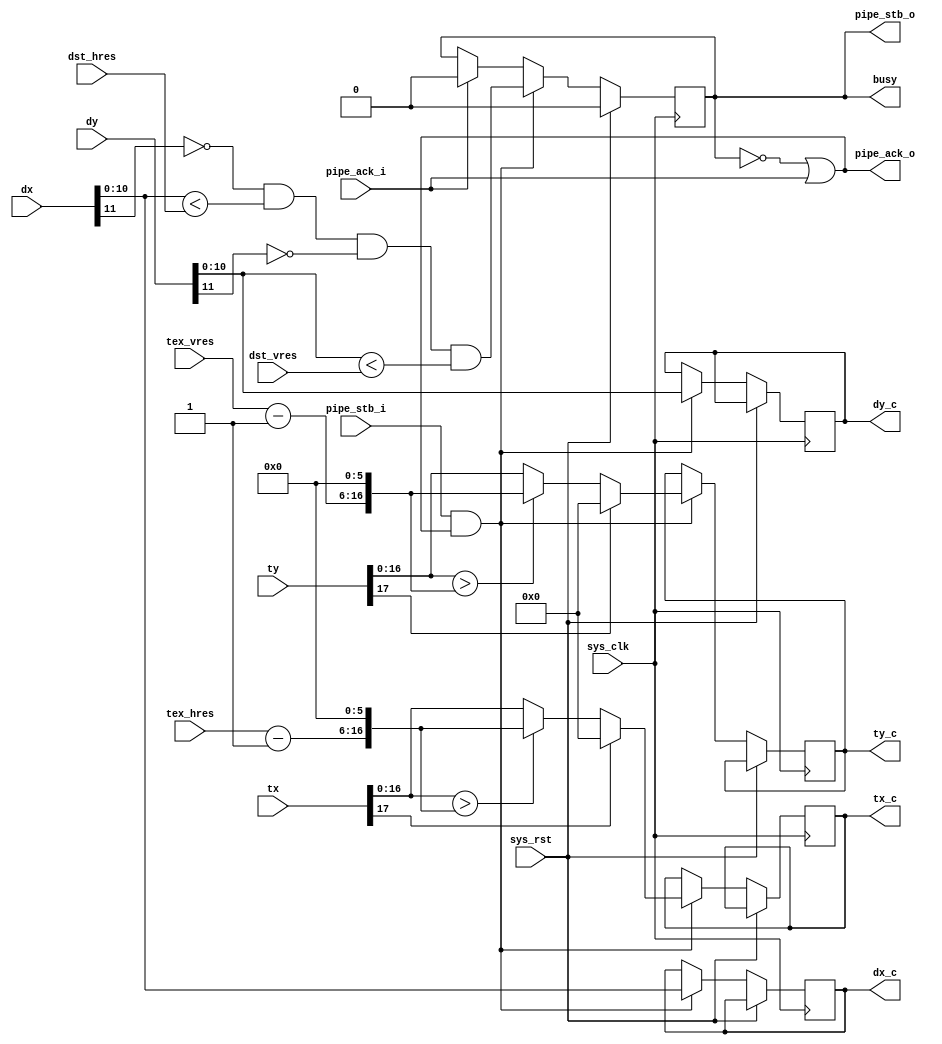
/*
 * Milkymist SoC
 * Copyright (C) 2007, 2008, 2009, 2010 Sebastien Bourdeauducq
 *
 * This program is free software: you can redistribute it and/or modify
 * it under the terms of the GNU General Public License as published by
 * the Free Software Foundation, version 3 of the License.
 *
 * This program is distributed in the hope that it will be useful,
 * but WITHOUT ANY WARRANTY; without even the implied warranty of
 * MERCHANTABILITY or FITNESS FOR A PARTICULAR PURPOSE.  See the
 * GNU General Public License for more details.
 *
 * You should have received a copy of the GNU General Public License
 * along with this program.  If not, see <http://www.gnu.org/licenses/>.
 */

module tmu2_clamp(
	input sys_clk,
	input sys_rst,

	output busy,

	input pipe_stb_i,
	output pipe_ack_o,
	input signed [11:0] dx,
	input signed [11:0] dy,
	input signed [17:0] tx,
	input signed [17:0] ty,

	input [10:0] tex_hres,
	input [10:0] tex_vres,
	input [10:0] dst_hres,
	input [10:0] dst_vres,

	output reg pipe_stb_o,
	input pipe_ack_i,
	output reg [10:0] dx_c,
	output reg [10:0] dy_c,
	output reg [16:0] tx_c,
	output reg [16:0] ty_c
);

always @(posedge sys_clk) begin
	if(sys_rst)
		pipe_stb_o <= 1'b0;
	else begin
		if(pipe_ack_i)
			pipe_stb_o <= 1'b0;
		if(pipe_stb_i & pipe_ack_o) begin
			pipe_stb_o <= (~dx[11]) && (dx[10:0] < dst_hres)
				&& (~dy[11]) && (dy[10:0] < dst_vres);
			dx_c <= dx[10:0];
			dy_c <= dy[10:0];
			if(tx[17])
				tx_c <= 17'd0;
			else if(tx[16:0] > {tex_hres - 11'd1, 6'd0})
				tx_c <= {tex_hres - 11'd1, 6'd0};
			else
				tx_c <= tx[16:0];
			if(ty[17])
				ty_c <= 17'd0;
			else if(ty[16:0] > {tex_vres - 11'd1, 6'd0})
				ty_c <= {tex_vres - 11'd1, 6'd0};
			else
				ty_c <= ty[16:0];
		end
	end
end

assign pipe_ack_o = ~pipe_stb_o | pipe_ack_i;

assign busy = pipe_stb_o;

endmodule